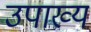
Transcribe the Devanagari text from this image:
उपाख्‍य